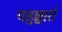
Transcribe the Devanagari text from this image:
पहुञ्चाते